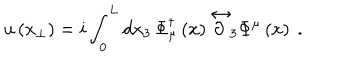
u \left( x _ { \perp } \right) = i \int _ { 0 } ^ { L } d x _ { 3 } \, \Phi _ { \mu } ^ { \dagger } \left( x \right) \stackrel { \leftrightarrow } { \partial } _ { 3 } \Phi ^ { \mu } \left( x \right) \ .